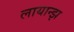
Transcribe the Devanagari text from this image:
लायान्झ